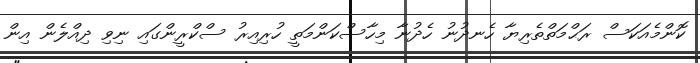
ކޮންމެއަކަސް ރަޙްމަތްތެރިޔާ ހެނދުނު ހެދުނާ މިހާސްކަންމަތީ ހުރިއިރު ސްކްރީންގައި ނިވި ދިއްލެން އިން